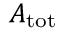
A _ { \mathrm { t o t } }